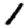
Digit: 1